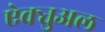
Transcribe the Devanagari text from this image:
ऐक्चुअल